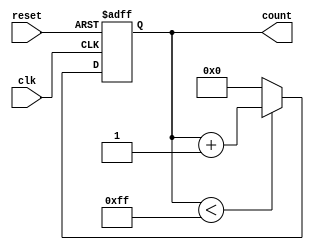
module MemoryBlocksUpCounter #(
    parameter BIT_WIDTH = 8,         // Bit width for the counter
    parameter INITIAL_VALUE = 0,     // Starting value of the counter
    parameter MAX_COUNT = 255         // Maximum count value
)(
    input wire clk,                  // Clock input
    input wire reset,                // Asynchronous reset input
    output reg [BIT_WIDTH-1:0] count // Count output
);

// Asynchronous reset and counting operation
always @(posedge clk or posedge reset) begin
    if (reset) begin
        count <= INITIAL_VALUE;     // Reset to initial value
    end else begin
        if (count < MAX_COUNT) begin
            count <= count + 1;     // Increment count
        end else begin
            count <= INITIAL_VALUE;  // Reset to initial value on overflow
        end
    end
end

endmodule